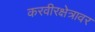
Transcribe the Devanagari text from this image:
करवीरक्षेत्रावर